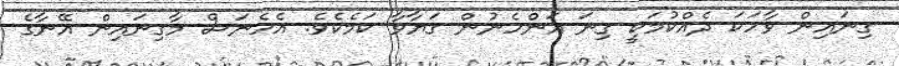
ގިނައިން ވާހަކަ ދެއްކުމަކީ ގިނަ އަންހެނުން ގަޔާވާ ކަމެކެވެ. އެހެނަސް މާގިނައިން އޭނާގެ